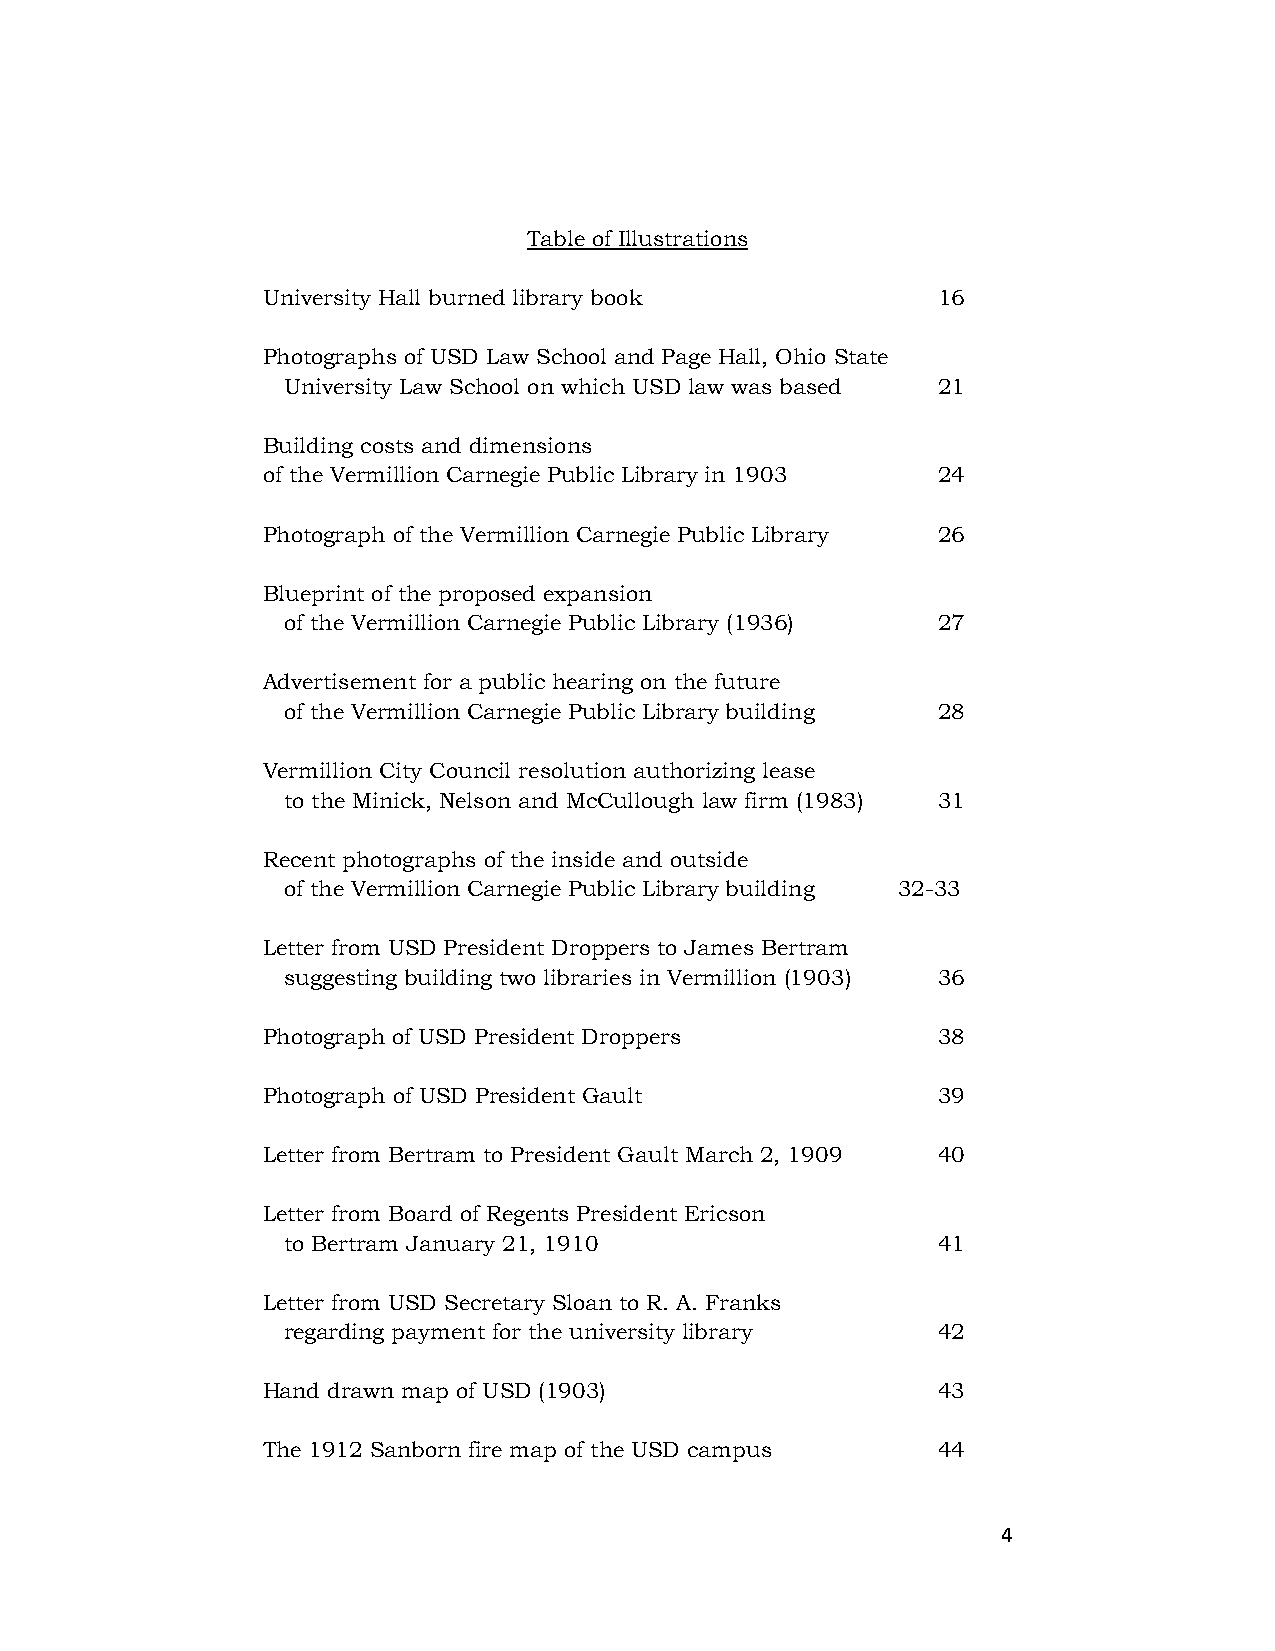
Table of Illustrations
 University Hall burned library book          16
 Photographs of USD Law School and Page Hall, Ohio State
 University Law School on which USD law was based 21
 Building costs and dimensions
 of the Vermillion Carnegie Public Library in 1903 24
 Photograph of the Vermillion Carnegie Public Library 26
 Blueprint of the proposed expansion
 of the Vermillion Carnegie Public Library (1936) 27
 Advertisement for a public hearing on the future
 of the Vermillion Carnegie Public Library building 28
 Vermillion City Council resolution authorizing lease
 to the Minick, Nelson and McCullough law firm (1983) 31
 Recent photographs of the inside and outside
 of the Vermillion Carnegie Public Library building 32-33
 Letter from USD President Droppers to James Bertram
 suggesting building two libraries in Vermillion (1903) 36
 Photograph of USD President Droppers         38
 Photograph of USD President Gault            39
 Letter from Bertram to President Gault March 2, 1909 40
 Letter from Board of Regents President Ericson
 to Bertram January 21, 1910                41
 Letter from USD Secretary Sloan to R. A. Franks
 regarding payment for the university library 42
 Hand drawn map of USD (1903)                 43
 The 1912 Sanborn fire map of the USD campus  44
 4